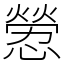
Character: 憥